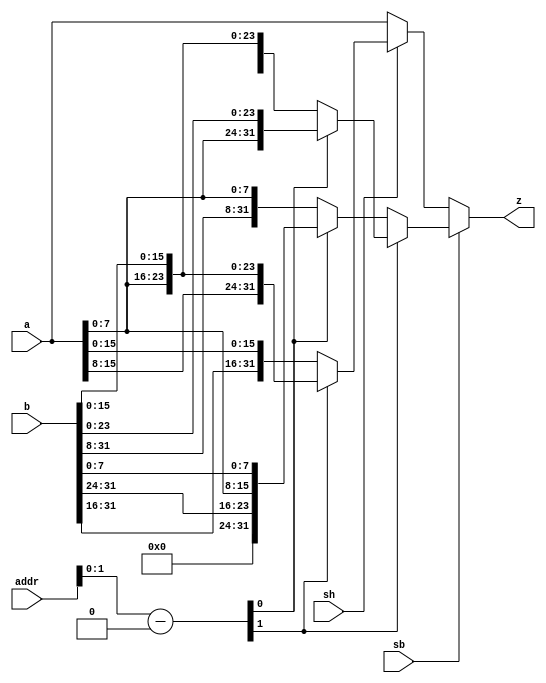
`timescale 1ns / 1ps
//////////////////////////////////////////////////////////////////////////////////
// Company: 
// Engineer: 
// 
// Design Name: 
// Module Name: MUX5
// Project Name: 
// Target Devices: 
// Tool Versions: 
// Description: 
// 
// Dependencies: 
// 
// Revision:
// Revision 0.01 - File Created
// Additional Comments:
// 
//////////////////////////////////////////////////////////////////////////////////


module StoreDec(
    input [31:0] a,
    input [31:0] b,
    input [31:0] addr,
    input sb,
    input sh,
    output [31:0] z
    );
    parameter pos=32'h10010000;
    wire [7:0] sb_mod;
    wire [15:0] sh_mod;
    wire [1:0] option=(addr-pos);
    assign sb_mod=a[7:0];
    assign sh_mod=a[15:0];
    //assign z=sb^~sh?a:sb?{b[31:8],a[7:0]}:{b[31:16],a[15:0]};         
    //assign z=sb^~sh?a:sb?{{24{1'b0}},a[7:0]}:{{16{1'b0}},a[15:0]};           // 0
    assign z=sb?(option[1]?(option[0]?{sb_mod,b[23:0]}:{b[31:24],sb_mod,b[15:0]}):(option[0]?{b[31:24],sb_mod,b[7:0]}:{b[31:8],sb_mod})):
        (sh?(option[1]?{sh_mod,b[15:0]}:{b[31:16],sh_mod}):a);
endmodule